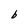
Character: b